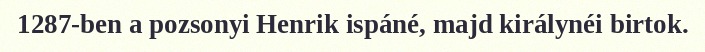
1287-ben a pozsonyi Henrik ispáné, majd királynéi birtok.